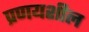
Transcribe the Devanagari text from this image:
प्रणयशील